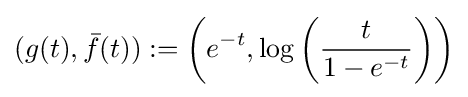
(g(t),{\bar {f}}(t)):=\left(e^{-t},\log \left({\frac {t}{1-e^{-t}}}\right)\right)